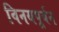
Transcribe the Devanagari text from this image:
विनयपूर्वन